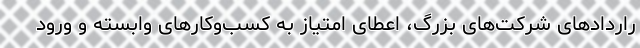
راردادهای شرکت‌های بزرگ، اعطای امتیاز به کسب‌وکارهای وابسته و ورود